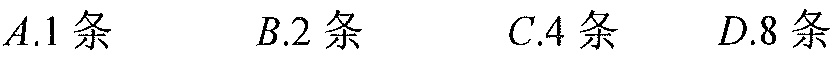
$A.1\text{ 条}\qquad B.2\text{ 条}\qquad C.4\text{ 条}\qquad D.8\text{ 条}$